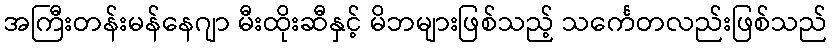
အကြီးတန်းမန်နေဂျာ မီးထိုးဆီနှင့် မိဘများဖြစ်သည့် သင်္ကေတလည်းဖြစ်သည်